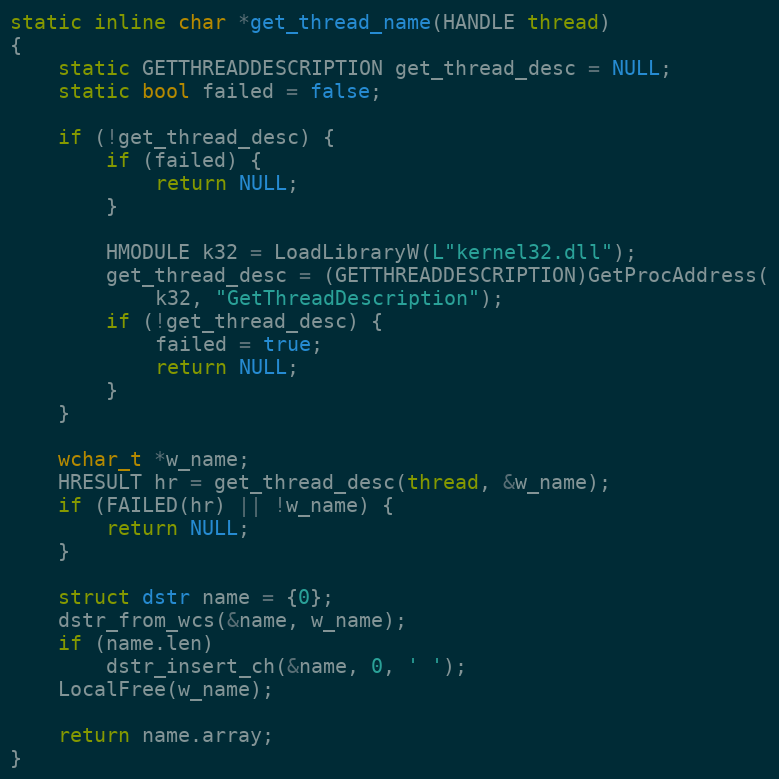
Language: C
static inline char *get_thread_name(HANDLE thread)
{
	static GETTHREADDESCRIPTION get_thread_desc = NULL;
	static bool failed = false;

	if (!get_thread_desc) {
		if (failed) {
			return NULL;
		}

		HMODULE k32 = LoadLibraryW(L"kernel32.dll");
		get_thread_desc = (GETTHREADDESCRIPTION)GetProcAddress(
			k32, "GetThreadDescription");
		if (!get_thread_desc) {
			failed = true;
			return NULL;
		}
	}

	wchar_t *w_name;
	HRESULT hr = get_thread_desc(thread, &w_name);
	if (FAILED(hr) || !w_name) {
		return NULL;
	}

	struct dstr name = {0};
	dstr_from_wcs(&name, w_name);
	if (name.len)
		dstr_insert_ch(&name, 0, ' ');
	LocalFree(w_name);

	return name.array;
}